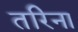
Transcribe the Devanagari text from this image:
तरिना